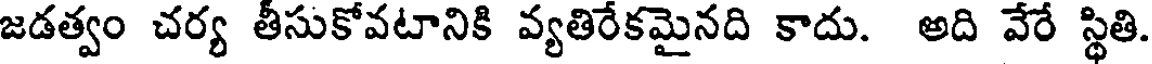
జడత్వం చర్య తీసుకోవటానికి వ్యతిరేకమైనది కాదు. అది వేరే స్థితి.